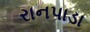
રાનપાડા